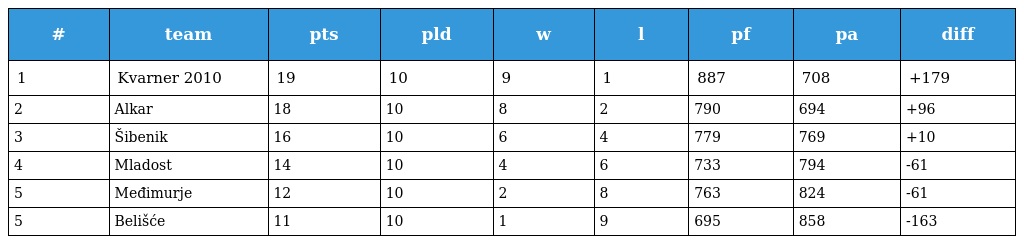
| # | team | pts | pld | w | l | pf | pa | diff |
 | --- | --- | --- | --- | --- | --- | --- | --- | --- |
 | 1 | Kvarner 2010 | 19 | 10 | 9 | 1 | 887 | 708 | +179 |
 | 2 | Alkar | 18 | 10 | 8 | 2 | 790 | 694 | +96 |
 | 3 | Šibenik | 16 | 10 | 6 | 4 | 779 | 769 | +10 |
 | 4 | Mladost | 14 | 10 | 4 | 6 | 733 | 794 | -61 |
 | 5 | Međimurje | 12 | 10 | 2 | 8 | 763 | 824 | -61 |
 | 5 | Belišće | 11 | 10 | 1 | 9 | 695 | 858 | -163 |